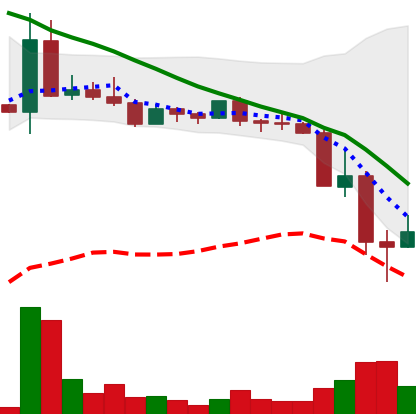
Ticker: DOGE-USD
Chart end date: 2022-05-13
Forward return: -5.3%
Label: down_5_7